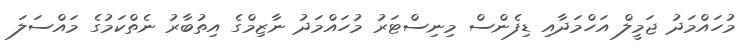
މުހައްމަދު ޖަމީލް އަހްމަދާއި ޑިފެންސް މިނިސްޓަރު މުހައްމަދު ނާޒިމްގެ އިތުބާރު ނެތްކަމުގެ މައްސަލަ